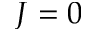
J = 0